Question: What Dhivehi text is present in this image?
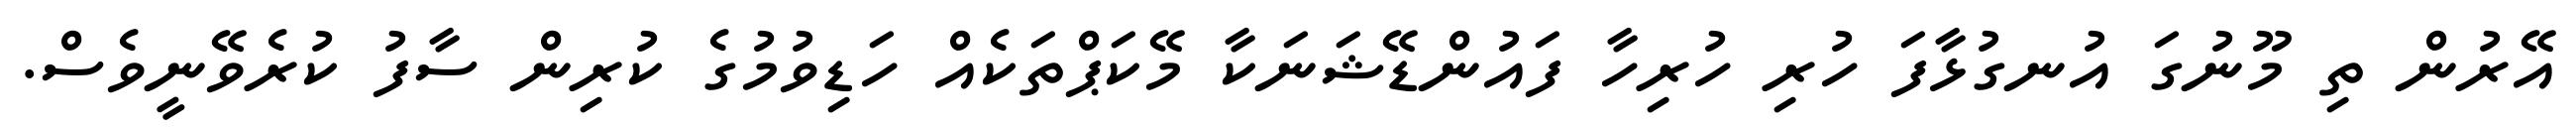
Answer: އޭރުން ތި މޫނުގަ އުނގުޅާފަ ހުރި ހުރިހާ ފައުންޑޭޝަނަކާ މޭކަޕްތަކެއް ހަޑިވުމުގެ ކުރިން ސާފު ކުރެވޭނީވެސް.